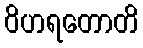
ဝိဟရတောတိ